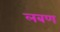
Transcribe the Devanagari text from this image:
लबण